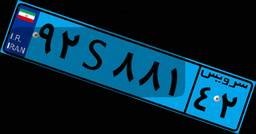
۹۲S۸۸۱۴۲